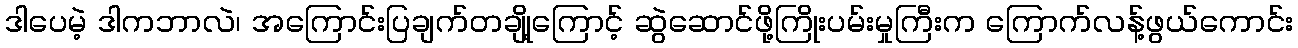
ဒါပေမဲ့ ဒါကဘာလဲ၊ အကြောင်းပြချက်တချို့ကြောင့် ဆွဲဆောင်ဖို့ကြိုးပမ်းမှုကြီးက ကြောက်လန့်ဖွယ်ကောင်း